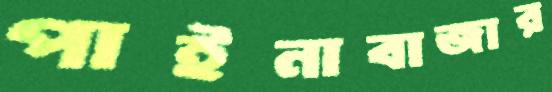
পাইনাবাজার